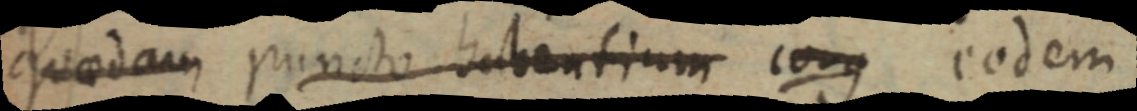
quaedam puncto habentium corg eodem